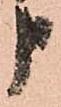
申